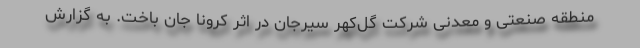
منطقه صنعتی و معدنی شرکت گل‌کهر سیرجان در اثر کرونا جان باخت. به گزارش